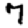
Digit: 7